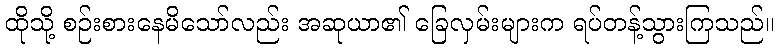
ထိုသို့ စဉ်းစားနေမိသော်လည်း အဆုယာ၏ ခြေလှမ်းများက ရပ်တန့်သွားကြသည်။